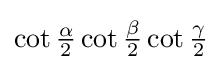
\cot {\tfrac {\alpha }{2}}\cot {\tfrac {\beta }{2}}\cot {\tfrac {\gamma }{2}}